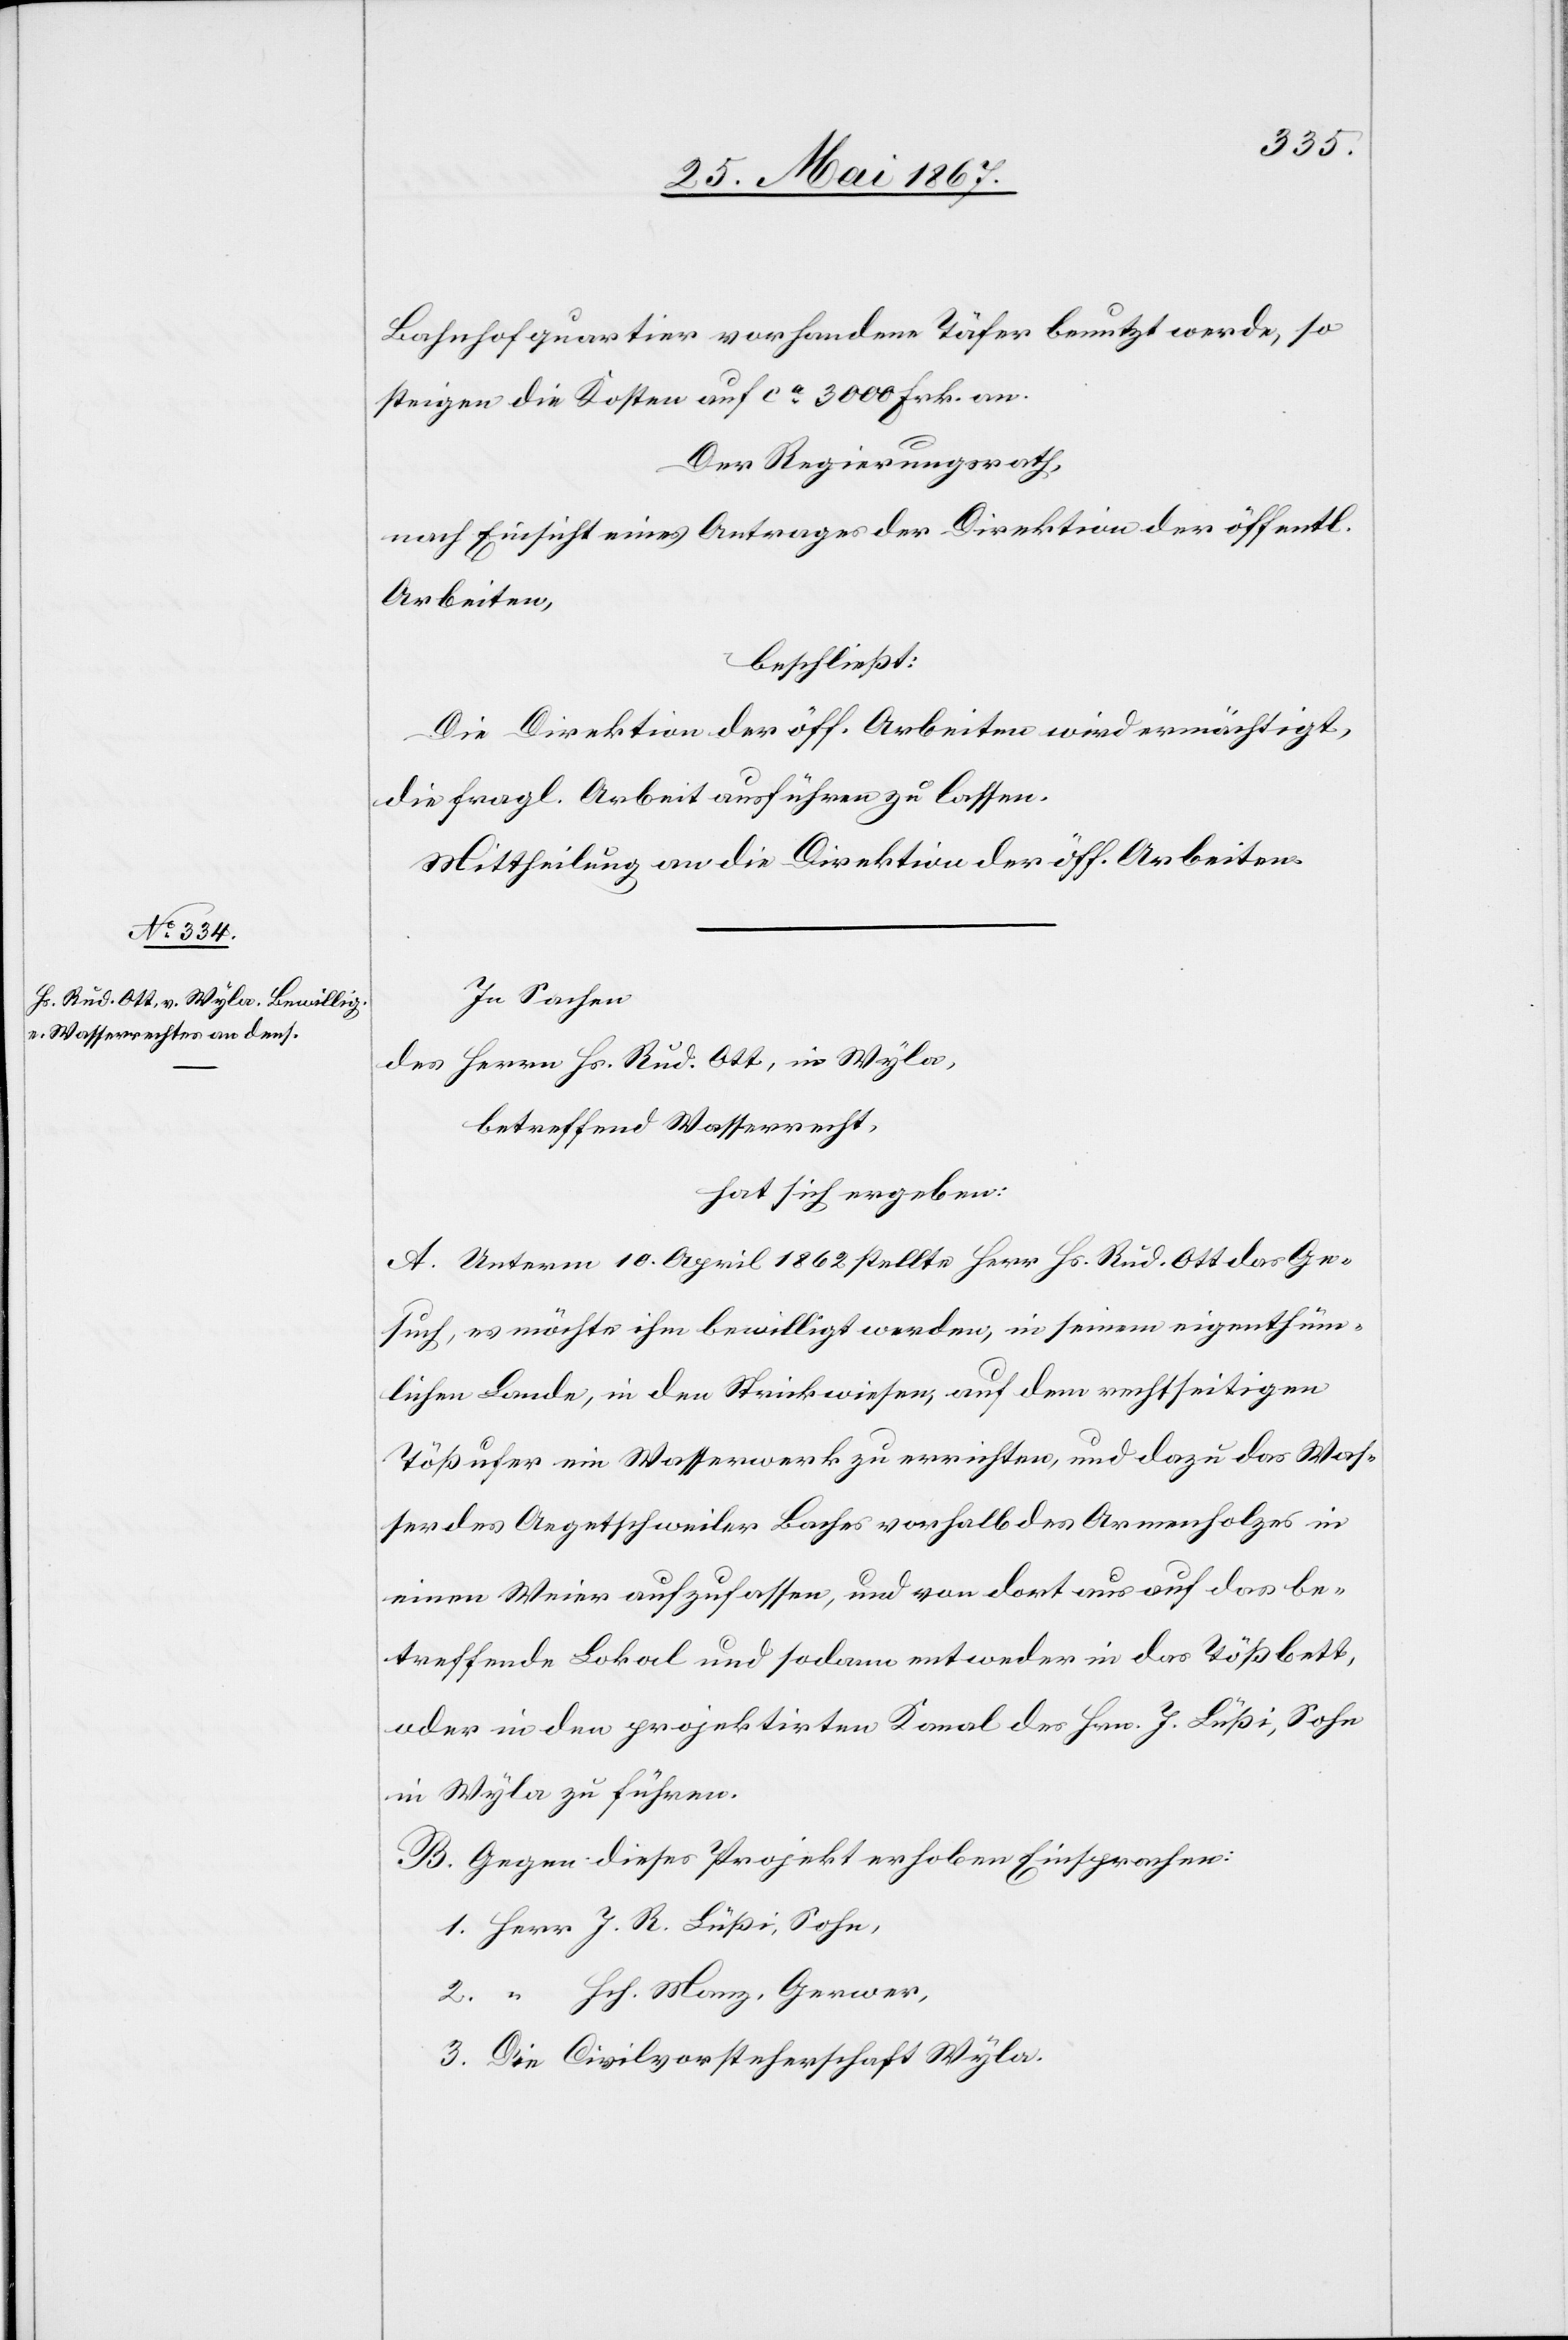
Bahnhofquartier vorhandene Täfer benutzt werde, so
steigen die Kosten auf ca. 3000 Frk. an.
Der Regierungsrath,
nach Einsicht eines Antrages der Direktion der öffentl.
Arbeiten,
beschließt:
Die Direktion der öff. Arbeiten wird ermächtigt,
die fragl. Arbeit ausführen zu lassen.
Mittheilung an die Direktion der öff. Arbeiten.
In Sachen
des Herrn Hs. Rud. Ott, in Wyla,
betreffend Wasserrecht,
hat sich ergeben:
A. Unterm 10. April 1862 stellte Herr. Hs. Rud. Ott das Ge¬
such, es möchte ihm bewilligt werden, in seinem eigenthüm¬
lichen Lande, in den Strickwiesen, auf dem rechtseitigen
Tößufer ein Wasserwerk zu errichten, und dazu das Was¬
ser des Aegetschweiler Baches vorhalb des Armenholzes in
einem Weier aufzufassen, und von dort aus auf das be¬
treffende Lokal und sodann entweder in das Tößbett,
oder in den projektirten Kanal des Hrn. J. Lüßi, Sohn
in Wyla zu führen.
B. Gegen dieses Projekt erhoben Einsprachen:
Herr J. R. Lüßi, Sohn,
“ Hch. Manz, Gerwer
Die Civilvorsteherschaft Wyla